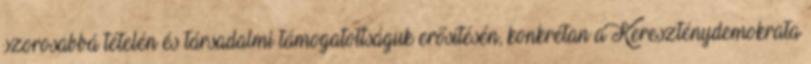
szorosabbá tételén és társadalmi támogatottságuk erősítésén, konkrétan a Kereszténydemokrata